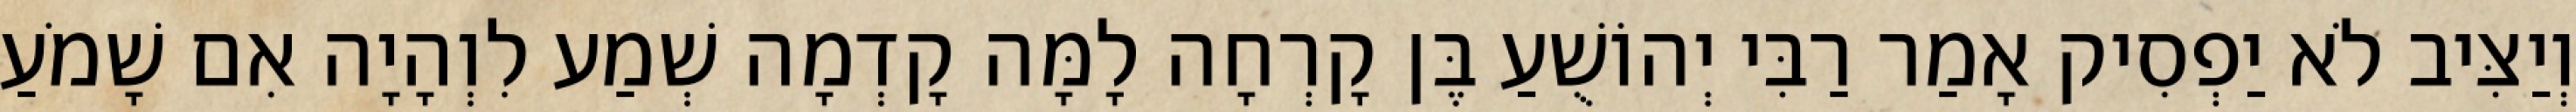
וְיַצִּיב לֹא יַפְסִיק אָמַר רַבִּי יְהוֹשֻׁעַ בֶּן קָרְחָה לָמָּה קָדְמָה שְׁמַע לִוְהָיָה אִם שָׁמֹעַ